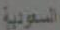
السعودية